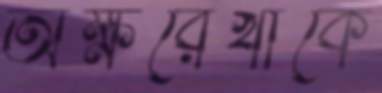
অক্ষরেখাকে